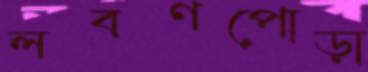
লবণপোড়া